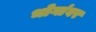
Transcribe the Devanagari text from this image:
भोगांवर